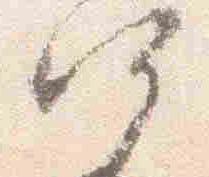
何